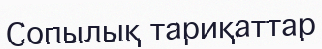
Сопылық тариқаттар